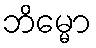
ဘိမ္မော